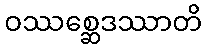
ဝဿစ္ဆေဒဿာတိ